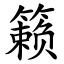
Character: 籁